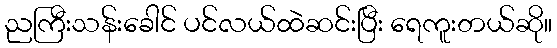
ညကြီးသန်းခေါင် ပင်လယ်ထဲဆင်းပြီး ရေကူးတယ်ဆို။